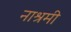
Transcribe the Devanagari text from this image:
नाश्रमी